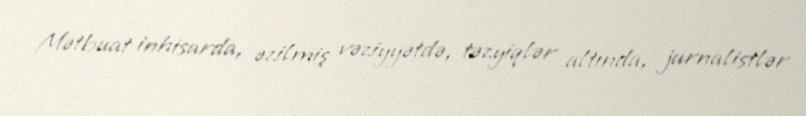
Mətbuat inhisarda, əzilmiş vəziyyətdə, təzyiqlər altında, jurnalistlər